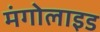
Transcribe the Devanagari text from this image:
मंगोलाइड